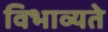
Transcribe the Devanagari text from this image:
विभाव्यते